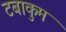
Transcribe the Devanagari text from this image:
टबाकुम